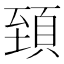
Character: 𩒐